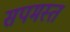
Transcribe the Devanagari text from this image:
सपमस्त